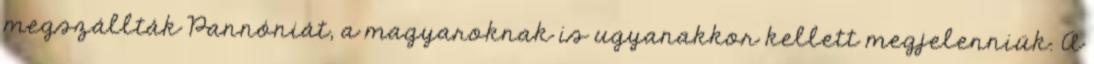
megszállták Pannóniát, a magyaroknak is ugyanakkor kellett megjelenniük. A